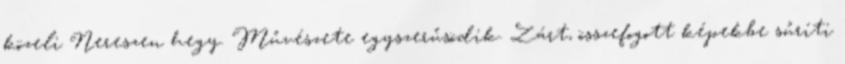
közeli Nereszen hegy. Művészete egyszerűsödik. Zárt, összefogott képekbe sűríti